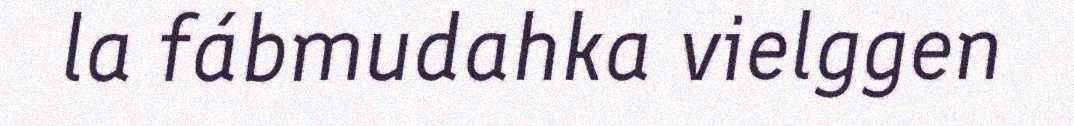
la fábmudahka vielggen